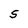
Character: S